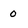
Character: 0